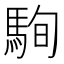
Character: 駨